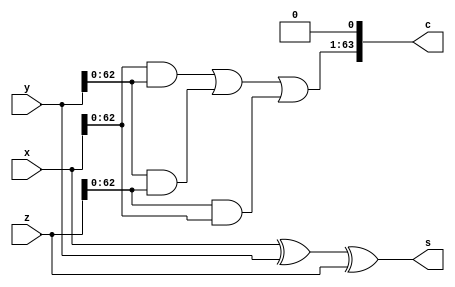
module ThreeLevelAdder64(
	input [63:0]x,
	input [63:0]y,
	input [63:0]z,
	output [63:0]s,
	output [63:0]c);
assign s = x^y^z;
assign c[0] = 1'b0;
assign c[63:1] = (x[63:0]&y[63:0]) | (y[63:0]&z[63:0]) | (z[63:0]&x[63:0]);

endmodule

module PartialMultiplication(
	output wire [2047:0] x,
	input [31:0]a,
	input [31:0]b);

genvar i;
generate
  for (i = 0; i < 32; i = i + 1) begin : gen_block
    assign x[(i + 1) * 64 - 1: 64 * i] = (b[i] == 1'b1) ? (a << i) : 64'b0000000000000000000000000000000000000000000000000000000000000000;
  end
endgenerate

endmodule

module RecursiveCarryAdder64(
output [63:0] sum,
output cout,
input [63:0] a,b);
  
wire cin = 1'b0;
wire [63:0] c,x,y;
  
and_xor axr[63:0](x, y, a, b);
wire [63:1] x2, y2;
equalize equalize_0(c[0], x[0]);
computePart comp_0[63:1](x2[63:1], y2[63:1], x[63:1], y[63:1], x[62:0], y[62:0]);

wire [63:2] x3, y3;
equalize equalize_1(c[1], x2[1]);
computePart comp_1[63:2](x3[63:2], y3[63:2], x2[63:2], y2[63:2], {x2[61:1],x[0]}, {y2[61:1],y[0]});

wire [63:4] x4, y4;
equalize equalize_2[3:2](c[3:2], x3[3:2]);
computePart comp_2[63:4](x4[63:4], y4[63:4], x3[63:4], y3[63:4], {x3[59:2],x2[1],x[0]}, {y3[59:2],y2[1],y[0]});

wire [63:8] x5, y5;
equalize equalize_3[7:4](c[7:4], x4[7:4]);
computePart comp_3[63:8](x5[63:8], y5[63:8], x4[63:8], y4[63:8], {x4[55:4],x3[3:2],x2[1],x[0]}, {y4[55:4],y3[3:2],y2[1],y[0]});
        
wire [63:16] x6, y6;
equalize equalize_4[15:8](c[15:8], x5[15:8]);
computePart comp_4[63:16](x6[63:16], y6[63:16], x5[63:16], y5[63:16], {x5[47:8],x4[7:4],x3[3:2],x2[1],x[0]}, {y5[47:8],y4[7:4],y3[3:2],y2[1],y[0]});
  
wire [63:32] x7, y7;
equalize equalize_5[31:16](c[31:16], x6[31:16]);
computePart comp_5[63:32](x7[63:32], y7[63:32], x6[63:32], y6[63:32], {x6[31:16],x5[15:8],x4[7:4],x3[3:2],x2[1],x[0]}, {y6[31:16],y5[15:8],y4[7:4],y3[3:2],y2[1],y[0]});



equalize equalize_6[63:32](c[63:32], x6[63:32]);
halfadder2 adder_0(sum[0],y[0],cin);
halfadder2 adder_1[63:1](sum[63:1],y[63:1], c[62:0]);
buf(cout, c[63]);
endmodule



module and_xor(
    output X, Y,
    input A, B);
    and(X, A, B);
    xor(Y, A, B);
endmodule

module halfadder2(
    output Z,
    input X, Y);
    xor(Z, X, Y);
endmodule

module equalize(
    output R,
    input I);
    assign R=I;
endmodule

module computePart(output X, Y, input Xi, Yi, Xii, Yii);
    wire w;
    and(w, Yi, Xii);
    or(X, w, Xi);
    and(Y, Yi, Yii);
endmodule


module WallaceTreeMultiplier32(
input [31:0] a,		
input [31:0] b,
output [63:0] c
);

	wire[31:0]mA;
	wire[31:0]mB;
	assign mA = a[31] == 1'b1 ? ~a + 1 : a;
	assign mB = b[31] == 1'b1 ? ~b + 1 : b;
	
	wire [2047:0]pm;
	PartialMultiplication partialmultiplications(pm,mA,mB);


wire [63:0] s11,s12,s13,s14,s15,s16,s17,s18,s19,s110,c11,c12,c13,c14,c15,c16,c17,c18,c19,c110;

	ThreeLevelAdder64 TLA11(pm[63:0],pm[127:64],pm[191:128],s11[63:0],c11[63:0]);
	ThreeLevelAdder64 TLA12(pm[255:192],pm[319:256],pm[383:320],s12[63:0],c12[63:0]);
	ThreeLevelAdder64 TLA13(pm[447:384],pm[511:448],pm[575:512],s13[63:0],c13[63:0]);
	ThreeLevelAdder64 TLA14(pm[639:576],pm[703:640],pm[767:704],s14[63:0],c14[63:0]);
	ThreeLevelAdder64 TLA15(pm[831:768],pm[895:832],pm[959:896],s15[63:0],c15[63:0]);
	ThreeLevelAdder64 TLA16(pm[1023:960],pm[1087:1024],pm[1151:1088],s16[63:0],c16[63:0]);
	ThreeLevelAdder64 TLA17(pm[1215:1152],pm[1279:1216],pm[1343:1280],s17[63:0],c17[63:0]);
	ThreeLevelAdder64 TLA18(pm[1407:1344],pm[1471:1408],pm[1535:1472],s18[63:0],c18[63:0]);
	ThreeLevelAdder64 TLA19(pm[1599:1536],pm[1663:1600],pm[1727:1664],s19[63:0],c19[63:0]);
	ThreeLevelAdder64 TLA110(pm[1791:1728],pm[1855:1792],pm[1919:1856],s110[63:0],c110[63:0]);

wire [63:0] s21,s22,s23,s24,s25,s26,s27,c21,c22,c23,c24,c25,c26,c27;

	ThreeLevelAdder64 TLA21(s11[63:0],c11[63:0],s12[63:0],s21[63:0],c21[63:0]);
	ThreeLevelAdder64 TLA22(c12[63:0],s13[63:0],c13[63:0],s22[63:0],c22[63:0]);
	ThreeLevelAdder64 TLA23(s14[63:0],c14[63:0],s15[63:0],s23[63:0],c23[63:0]);
	ThreeLevelAdder64 TLA24(c15[63:0],s16[63:0],c16[63:0],s24[63:0],c24[63:0]);
	ThreeLevelAdder64 TLA25(s17[63:0],c17[63:0],s18[63:0],s25[63:0],c25[63:0]);
	ThreeLevelAdder64 TLA26(c18[63:0],s19[63:0],c19[63:0],s26[63:0],c26[63:0]);
	ThreeLevelAdder64 TLA27(s110[63:0],c110[63:0],pm[1983:1920],s27[63:0],c27[63:0]);

wire [63:0] s31,s32,s33,s34,s35,c31,c32,c33,c34,c35;

	ThreeLevelAdder64 TLA31(s21[63:0],c21[63:0],s22[63:0],s31[63:0],c31[63:0]);
	ThreeLevelAdder64 TLA32(c22[63:0],s23[63:0],c23[63:0],s32[63:0],c32[63:0]);
	ThreeLevelAdder64 TLA33(s24[63:0],c24[63:0],s25[63:0],s33[63:0],c33[63:0]);
	ThreeLevelAdder64 TLA34(c25[63:0],s26[63:0],c26[63:0],s34[63:0],c34[63:0]);
	ThreeLevelAdder64 TLA35(s27[63:0],c27[63:0],pm[2047:1984],s35[63:0],c35[63:0]);

wire [63:0] s41,s42,s43,c41,c42,c43;

	ThreeLevelAdder64 TLA41(s31[63:0],c31[63:0],s32[63:0],s41[63:0],c41[63:0]);
	ThreeLevelAdder64 TLA42(c32[63:0],s33[63:0],c33[63:0],s42[63:0],c42[63:0]);
	ThreeLevelAdder64 TLA43(s34[63:0],c34[63:0],s35[63:0],s43[63:0],c43[63:0]);

wire [63:0] s51,s52,c51,c52;

	ThreeLevelAdder64 TLA51(s41[63:0],c41[63:0],s42[63:0],s51[63:0],c51[63:0]);
	ThreeLevelAdder64 TLA52(c42[63:0],s43[63:0],c43[63:0],s52[63:0],c52[63:0]);

wire [63:0] s61,c61;

	ThreeLevelAdder64 TLA61(s51[63:0],c51[63:0],s52[63:0],s61[63:0],c61[63:0]);

wire [63:0] s71,c71;

	ThreeLevelAdder64 TLA71(s61[63:0],c61[63:0],c52[63:0],s71[63:0],c71[63:0]);

wire [63:0] s81,c81;

	ThreeLevelAdder64 TLA81(s71[63:0],c71[63:0],c35[63:0],s81[63:0],c81[63:0]);

wire cout;
wire [63:0] res;
RecursiveCarryAdder64 cla(res,cout,s81,c81);
assign c = (a[31] != b[31]) ? ~res + 1 : res;

endmodule